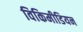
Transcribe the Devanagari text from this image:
विकिमीडियन